Trukikaitis_Postimees, lk 13
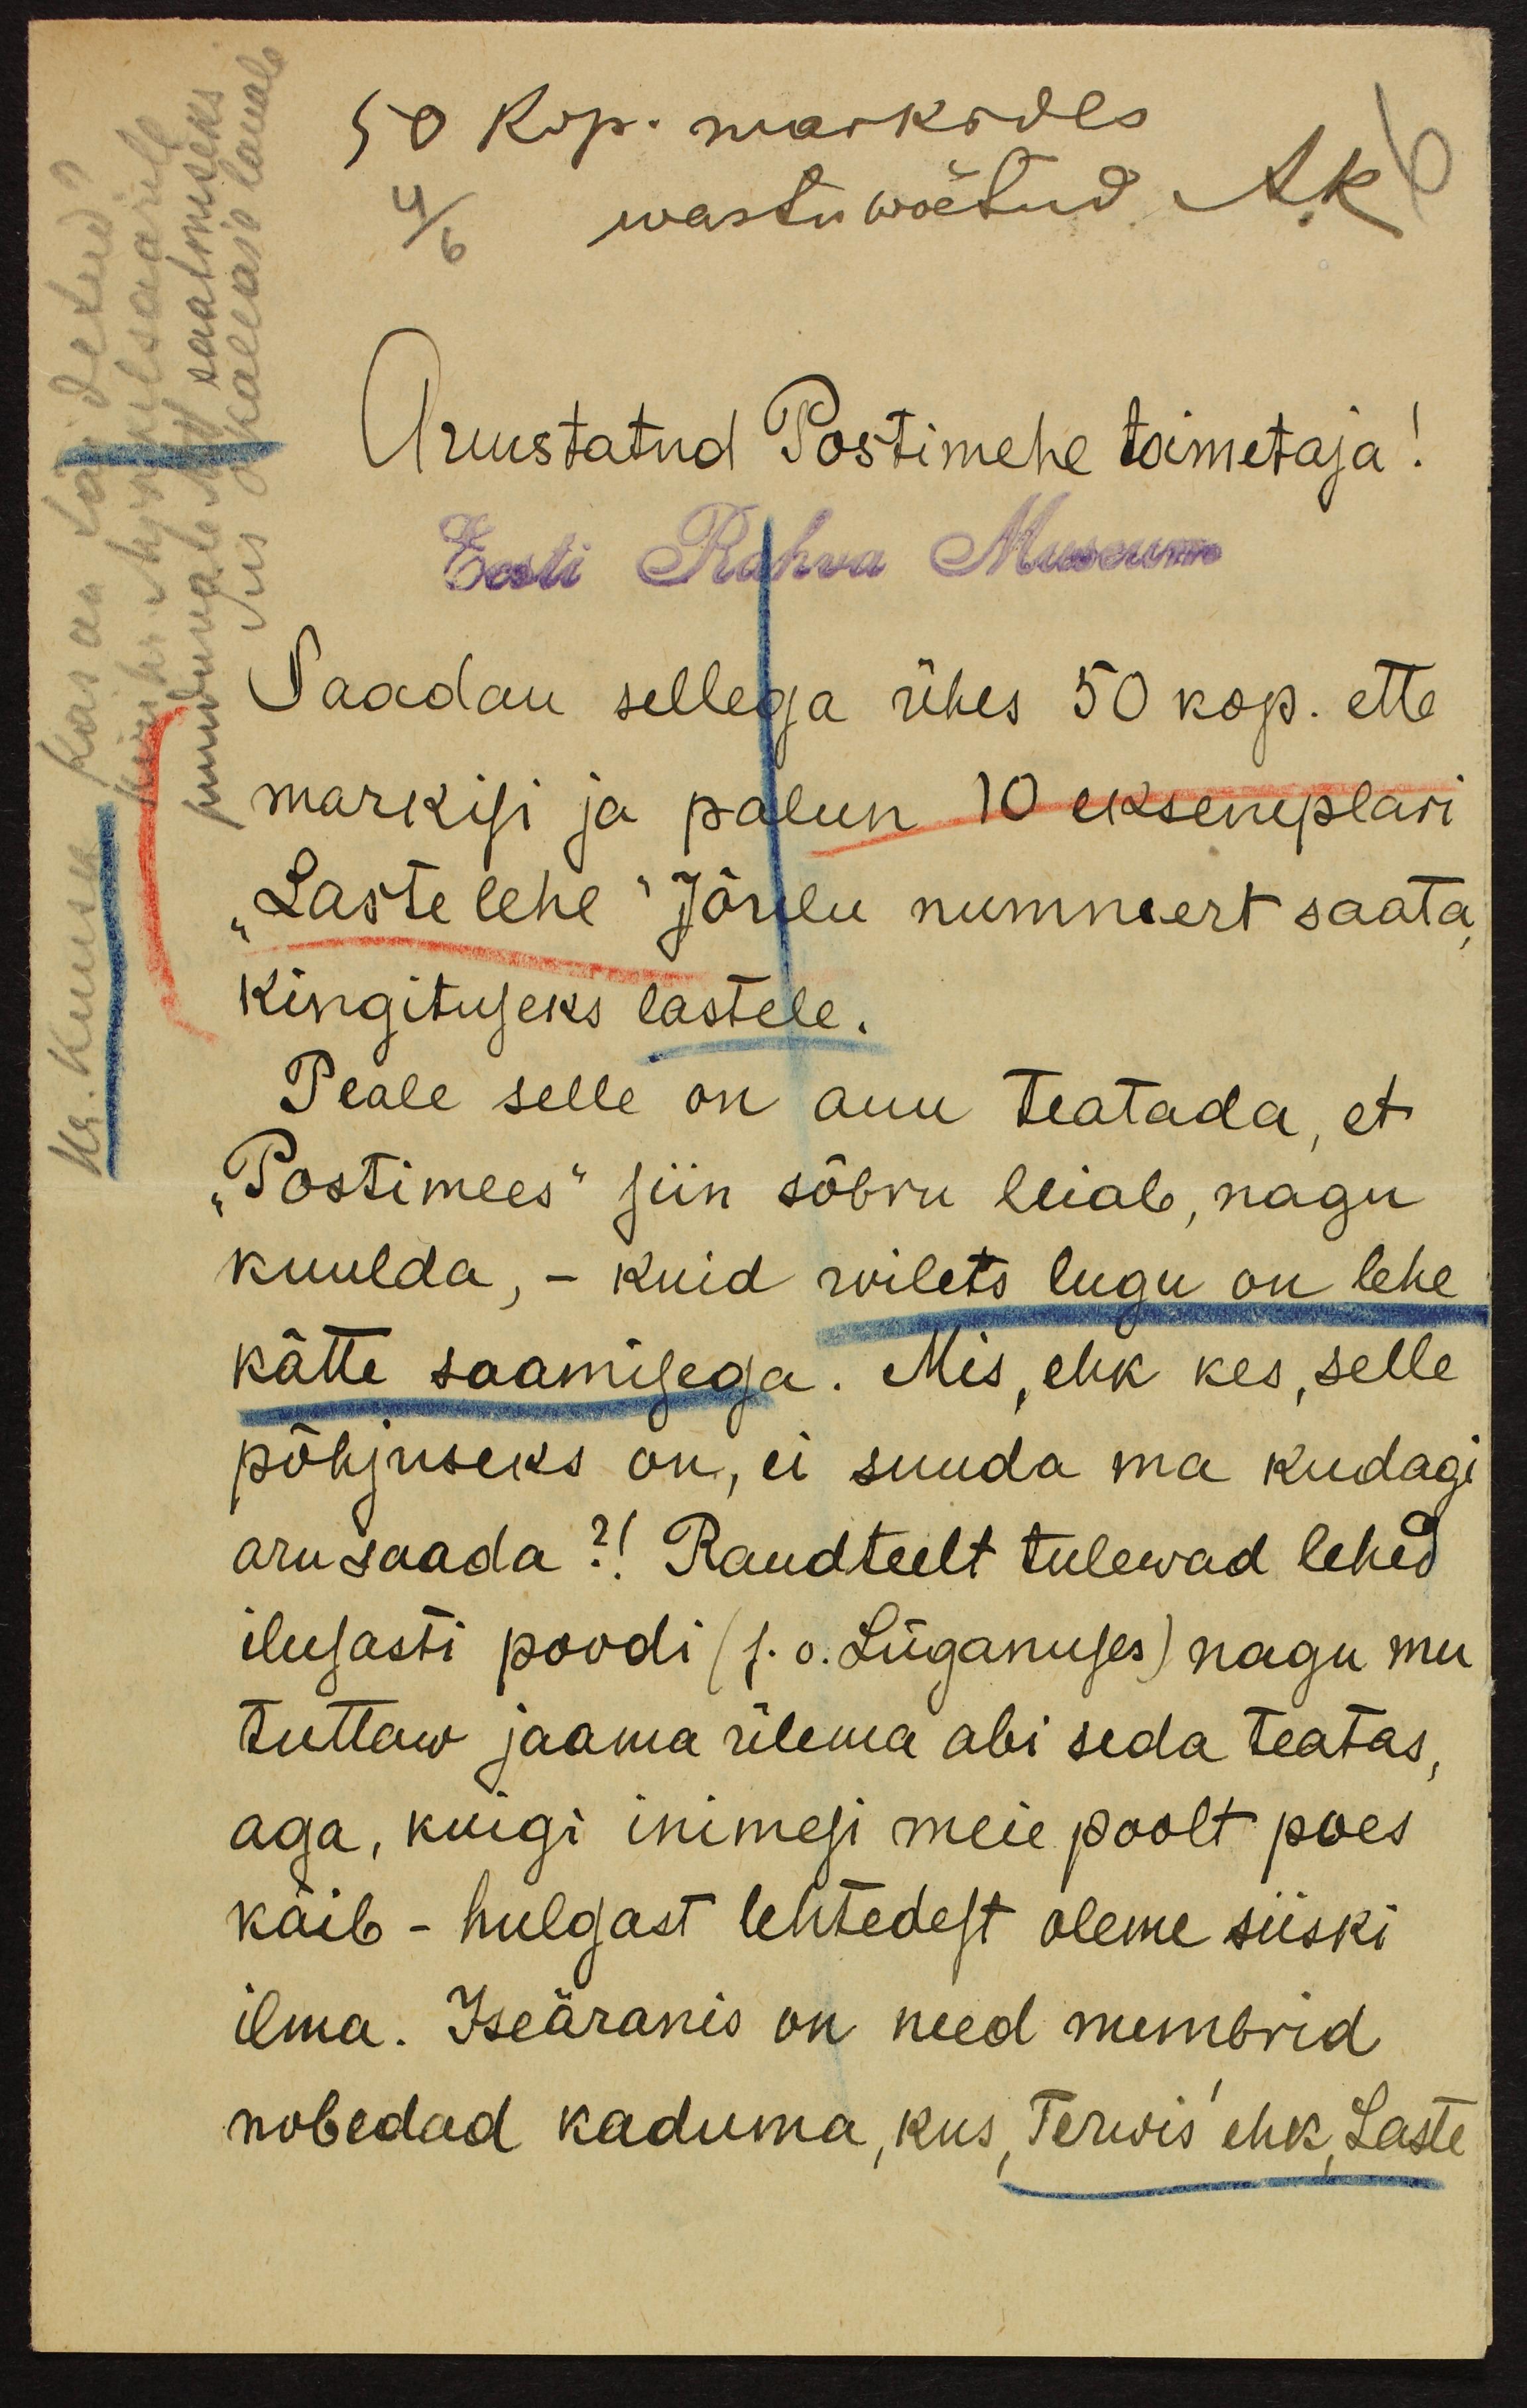
50 kop. markides
wastu wõetud
Auustatud Postimehe toimetaja!
Eesti Rahva Museum
Saadan sellega ühes 50 kop. ette
markisi ja palun 10 eksemplari
"Lastelehe" Jõulu nummert saata,
kingituseks lastele.
Peale selle on auu teatada, et
"Postimees" siin sõbru leiab, nagu
kuulda, - kuid wilets lugu on lehe
kätte saamisega. Mis, ehk kes, selle
põhjuseks on, ei suuda ma kudagi
aru saada?! Raudteelt tulewad lehed
ilusasti poodi (s.o. Lüganuses) nagu mu
tuttaw jaama ülema abi seda teatas,
aga, kuigi inimesi meie poolt poes
käib - hulgast lehtedest oleme siiski
ilma. Iseäranis on need numbrid
nobedad kaduma, kus "Terwis" ehk "Laste